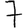
Digit: 7